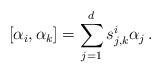
LaTeX: \begin{align*}[\alpha_i,\alpha_k] = \sum_{j=1}^d s^i_{j,k}\alpha_j\,.\end{align*}